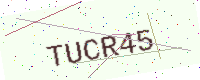
Text: TUCR45